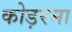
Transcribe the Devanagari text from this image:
कोड़रमा